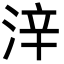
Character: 㳯